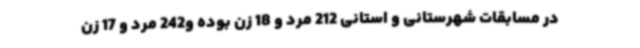
در مسابقات شهرستانی و استانی 212 مرد و 18 زن بوده و242 مرد و 17 زن